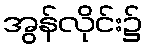
အွန်လိုင်း၌